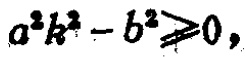
\(a^{2}k^{2}-b^{2}\geqslant0,\)